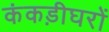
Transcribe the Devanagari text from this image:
कंकड़ीघरों